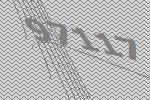
97117